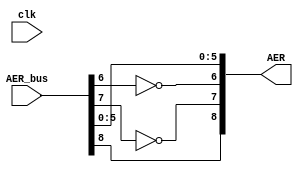
`timescale 1ns / 1ps


module inverter(
input wire clk,
input wire [8:0]AER_bus,
output [8:0]AER
    );
assign AER[0] = AER_bus[0];
assign AER[1] = AER_bus[1];
assign AER[2] = AER_bus[2];
assign AER[3] = AER_bus[3];
assign AER[4] = AER_bus[4];
assign AER[5] = AER_bus[5];
assign AER[6] = ~AER_bus[6];
assign AER[7] = ~AER_bus[7];
assign AER[8] = AER_bus[8];

always @(posedge clk)
begin

end
endmodule